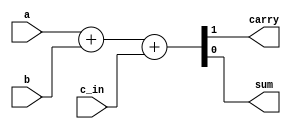
module full_adder_one_assign (a, b, c_in, carry, sum);
     input a, b, c_in;
     output carry, sum;

     // Concatenate to use one assign!
     assign {carry, sum} = a + b + c_in;

endmodule